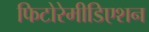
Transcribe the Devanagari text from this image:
फिटोरेमीडिएशन